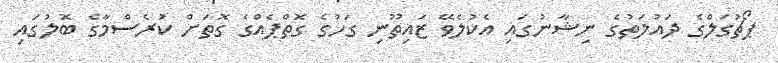
ޕޯޗުގަލްގެ ދައުލަތުގެ ނިޝާނުގައި އެކުލެވޭ ޒައިތޫނި ގަހުގެ ގޮތްޕެއްގެ ގޮތަށް ކުަރެސްމާގެ ބޮލުގައި